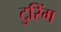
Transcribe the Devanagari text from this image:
टुरिंग